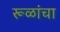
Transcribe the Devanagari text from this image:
रूळांचा